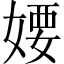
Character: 婹